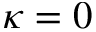
\kappa = 0